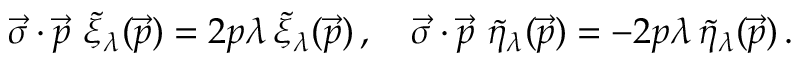
\vec { \sigma } \cdot \vec { p } \, \, \tilde { \xi } _ { \lambda } ( \vec { p } ) = 2 p \lambda \, \tilde { \xi } _ { \lambda } ( \vec { p } ) \, , \quad \vec { \sigma } \cdot \vec { p } \, \, \tilde { \eta } _ { \lambda } ( \vec { p } ) = - 2 p \lambda \, \tilde { \eta } _ { \lambda } ( \vec { p } ) \, .